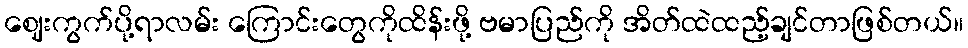
ဈေးကွက်ပို့ရာလမ်း ကြောင်းတွေကိုထိန်းဖို့ ဗမာပြည်ကို အိတ်ထဲထည့်ချင်တာဖြစ်တယ်။